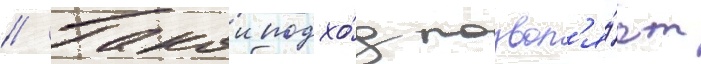
// Такои подхо́д позвол'я́ет